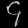
Digit: ၄